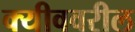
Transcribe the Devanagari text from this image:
क्यीववरील